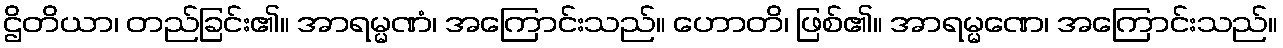
ဌိတိယာ၊ တည်ခြင်း၏။ အာရမ္မဏံ၊ အကြောင်းသည်။ ဟောတိ၊ ဖြစ်၏။ အာရမ္မဏေ၊ အကြောင်းသည်။